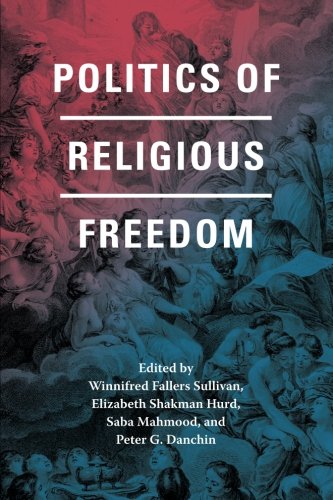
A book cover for Politics of Religious Freedom; Law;